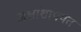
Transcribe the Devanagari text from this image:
अक्षांशांपर्यंत